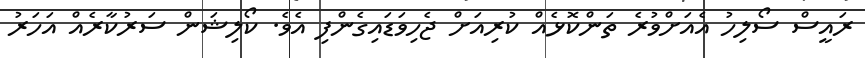
ރައީސް ސޯލިހު އެއަށްވުރެ ތަންކޮޅެއް ކުރިއަށް ޖެހިވަޑައިގެންފި އެވެ. ކޯލިޝަން ސަރުކާރެއް އަހަރު